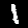
Label: 1